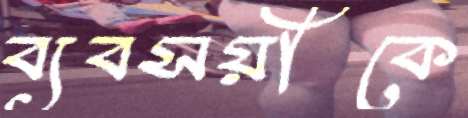
ব্যবসয়ীকে